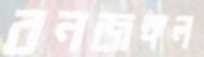
বনজঙ্গল